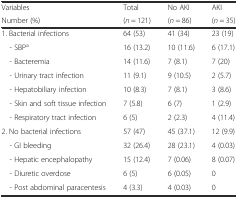
<table><thead><tr><td><b>Variables</b></td><td><b>Total</b></td><td><b>No AKI</b></td><td><b>AKI</b></td></tr><tr><td><b>Number (%)</b></td><td><b>(<i>n</i> = 121)</b></td><td><b>(<i>n</i> = 86)</b></td><td><b>(<i>n</i> = 35)</b></td></tr></thead><tbody><tr><td>1. Bacterial infections</td><td>64 (53)</td><td>41 (34)</td><td>23 (19)</td></tr><tr><td> - SBP<sup>a</sup></td><td>16 (13.2)</td><td>10 (11.6)</td><td>6 (17.1)</td></tr><tr><td> - Bacteremia</td><td>14 (11.6)</td><td>7 (8.1)</td><td>7 (20)</td></tr><tr><td> - Urinary tract infection</td><td>11 (9.1)</td><td>9 (10.5)</td><td>2 (5.7)</td></tr><tr><td> - Hepatobiliary infection</td><td>10 (8.3)</td><td>7 (8.1)</td><td>3 (8.6)</td></tr><tr><td> - Skin and soft tissue infection</td><td>7 (5.8)</td><td>6 (7)</td><td>1 (2.9)</td></tr><tr><td> - Respiratory tract infection</td><td>6 (5)</td><td>2 (2.3)</td><td>4 (11.4)</td></tr><tr><td>2. No bacterial infections</td><td>57 (47)</td><td>45 (37.1)</td><td>12 (9.9)</td></tr><tr><td> - GI bleeding</td><td>32 (26.4)</td><td>28 (23.1)</td><td>4 (0.03)</td></tr><tr><td> - Hepatic encephalopathy</td><td>15 (12.4)</td><td>7 (0.06)</td><td>8 (0.07)</td></tr><tr><td> - Diuretic overdose</td><td>6 (5)</td><td>6 (0.05)</td><td>0</td></tr><tr><td> - Post abdominal paracentesis</td><td>4 (3.3)</td><td>4 (0.03)</td><td>0</td></tr></tbody></table>